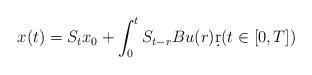
LaTeX: \begin{align*}x(t)=S_{t}x_{0}+\int_{0}^{t} S_{t-r}Bu(r)\d r(t\in[0,T])\end{align*}